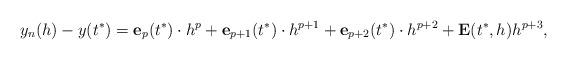
LaTeX: \begin{align*}y_n(h)-y(t^*)=\mathbf{e}_p(t^*)\cdot h^p+\mathbf{e}_{p+1}(t^*)\cdot h^{p+1}+\mathbf{e}_{p+2}(t^*)\cdot h^{p+2}+\mathbf{E}(t^*,h)h^{p+3},\end{align*}